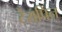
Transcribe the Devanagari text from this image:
टेरापिन